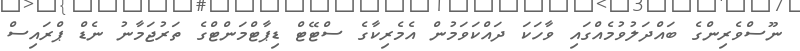
ނޫސްވެރިންގެ ބައްދަލުވުމެއްގައި ވާހަކަ ދައްކަވަމުން އެމެރިކާގެ ސްޓޭޓް ޑިޕާޓްމަންޓްގެ ތަރުޖަމާނު ނެޑް ޕްރައިސް